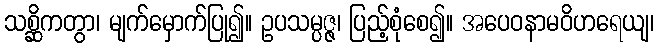
သစ္ဆိကတွာ၊ မျက်မှောက်ပြု၍။ ဥပသမ္ပဇ္ဇ၊ ပြည့်စုံစေ၍။ အပေဝနာမဝိဟရေယျ၊